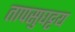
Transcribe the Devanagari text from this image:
तापसुघट्टय